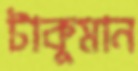
টাকুমান